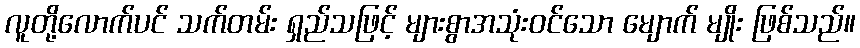
လူတို့လောက်ပင် သက်တမ်း ရှည်သဖြင့် များစွာအသုံးဝင်သော မျောက် မျိုး ဖြစ်သည်။